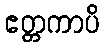
ဧတ္တကာပိ